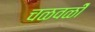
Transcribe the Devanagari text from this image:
चळवळीे